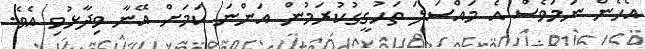
އެހެން ނަމަވެސް އެ މައްސަލަ ތަހުގީގުކުރަމުން އަންނަ ކަމަށް އޭނާ ވިދާޅުވި އެވެ.